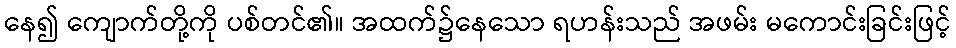
နေ၍ ကျောက်တို့ကို ပစ်တင်၏။ အထက်၌နေသော ရဟန်းသည် အဖမ်း မကောင်းခြင်းဖြင့်